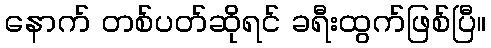
နောက် တစ်ပတ်ဆိုရင် ခရီးထွက်ဖြစ်ပြီ။